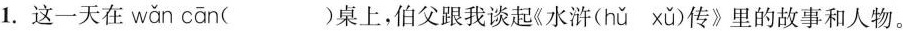
1.这一天在 wǎn cān ( )桌上，伯父跟我谈起《水浒( hǔ xǔ)传》里的故事和人物。